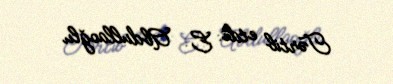
Tərtib etdi: E. Abdullaoğlu